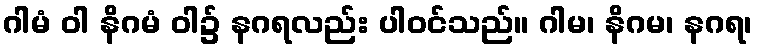
ဂါမံ ဝါ နိဂမံ ဝါ၌ နဂရလည်း ပါဝင်သည်။ ဂါမ၊ နိဂမ၊ နဂရ၊